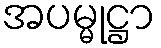
အပမ္မုဋ္ဌာ